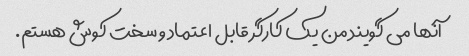
آنها می گویند من یک کارگر قابل اعتماد و سخت کوش هستم.